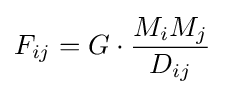
F_{ij}=G\cdot {\frac {M_{i}M_{j}}{D_{ij}}}